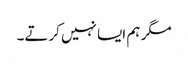
مگر ہم ایسا نہیں کرتے۔